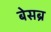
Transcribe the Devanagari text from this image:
बेसब्र